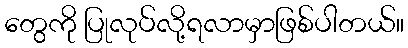
တွေကို ပြုလုပ်လို့ရလာမှာဖြစ်ပါတယ်။